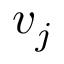
v _ { j }